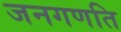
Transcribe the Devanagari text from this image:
जनगणति